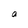
Character: a